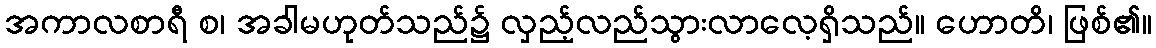
အကာလစာရီ စ၊ အခါမဟုတ်သည်၌ လှည့်လည်သွားလာလေ့ရှိသည်။ ဟောတိ၊ ဖြစ်၏။